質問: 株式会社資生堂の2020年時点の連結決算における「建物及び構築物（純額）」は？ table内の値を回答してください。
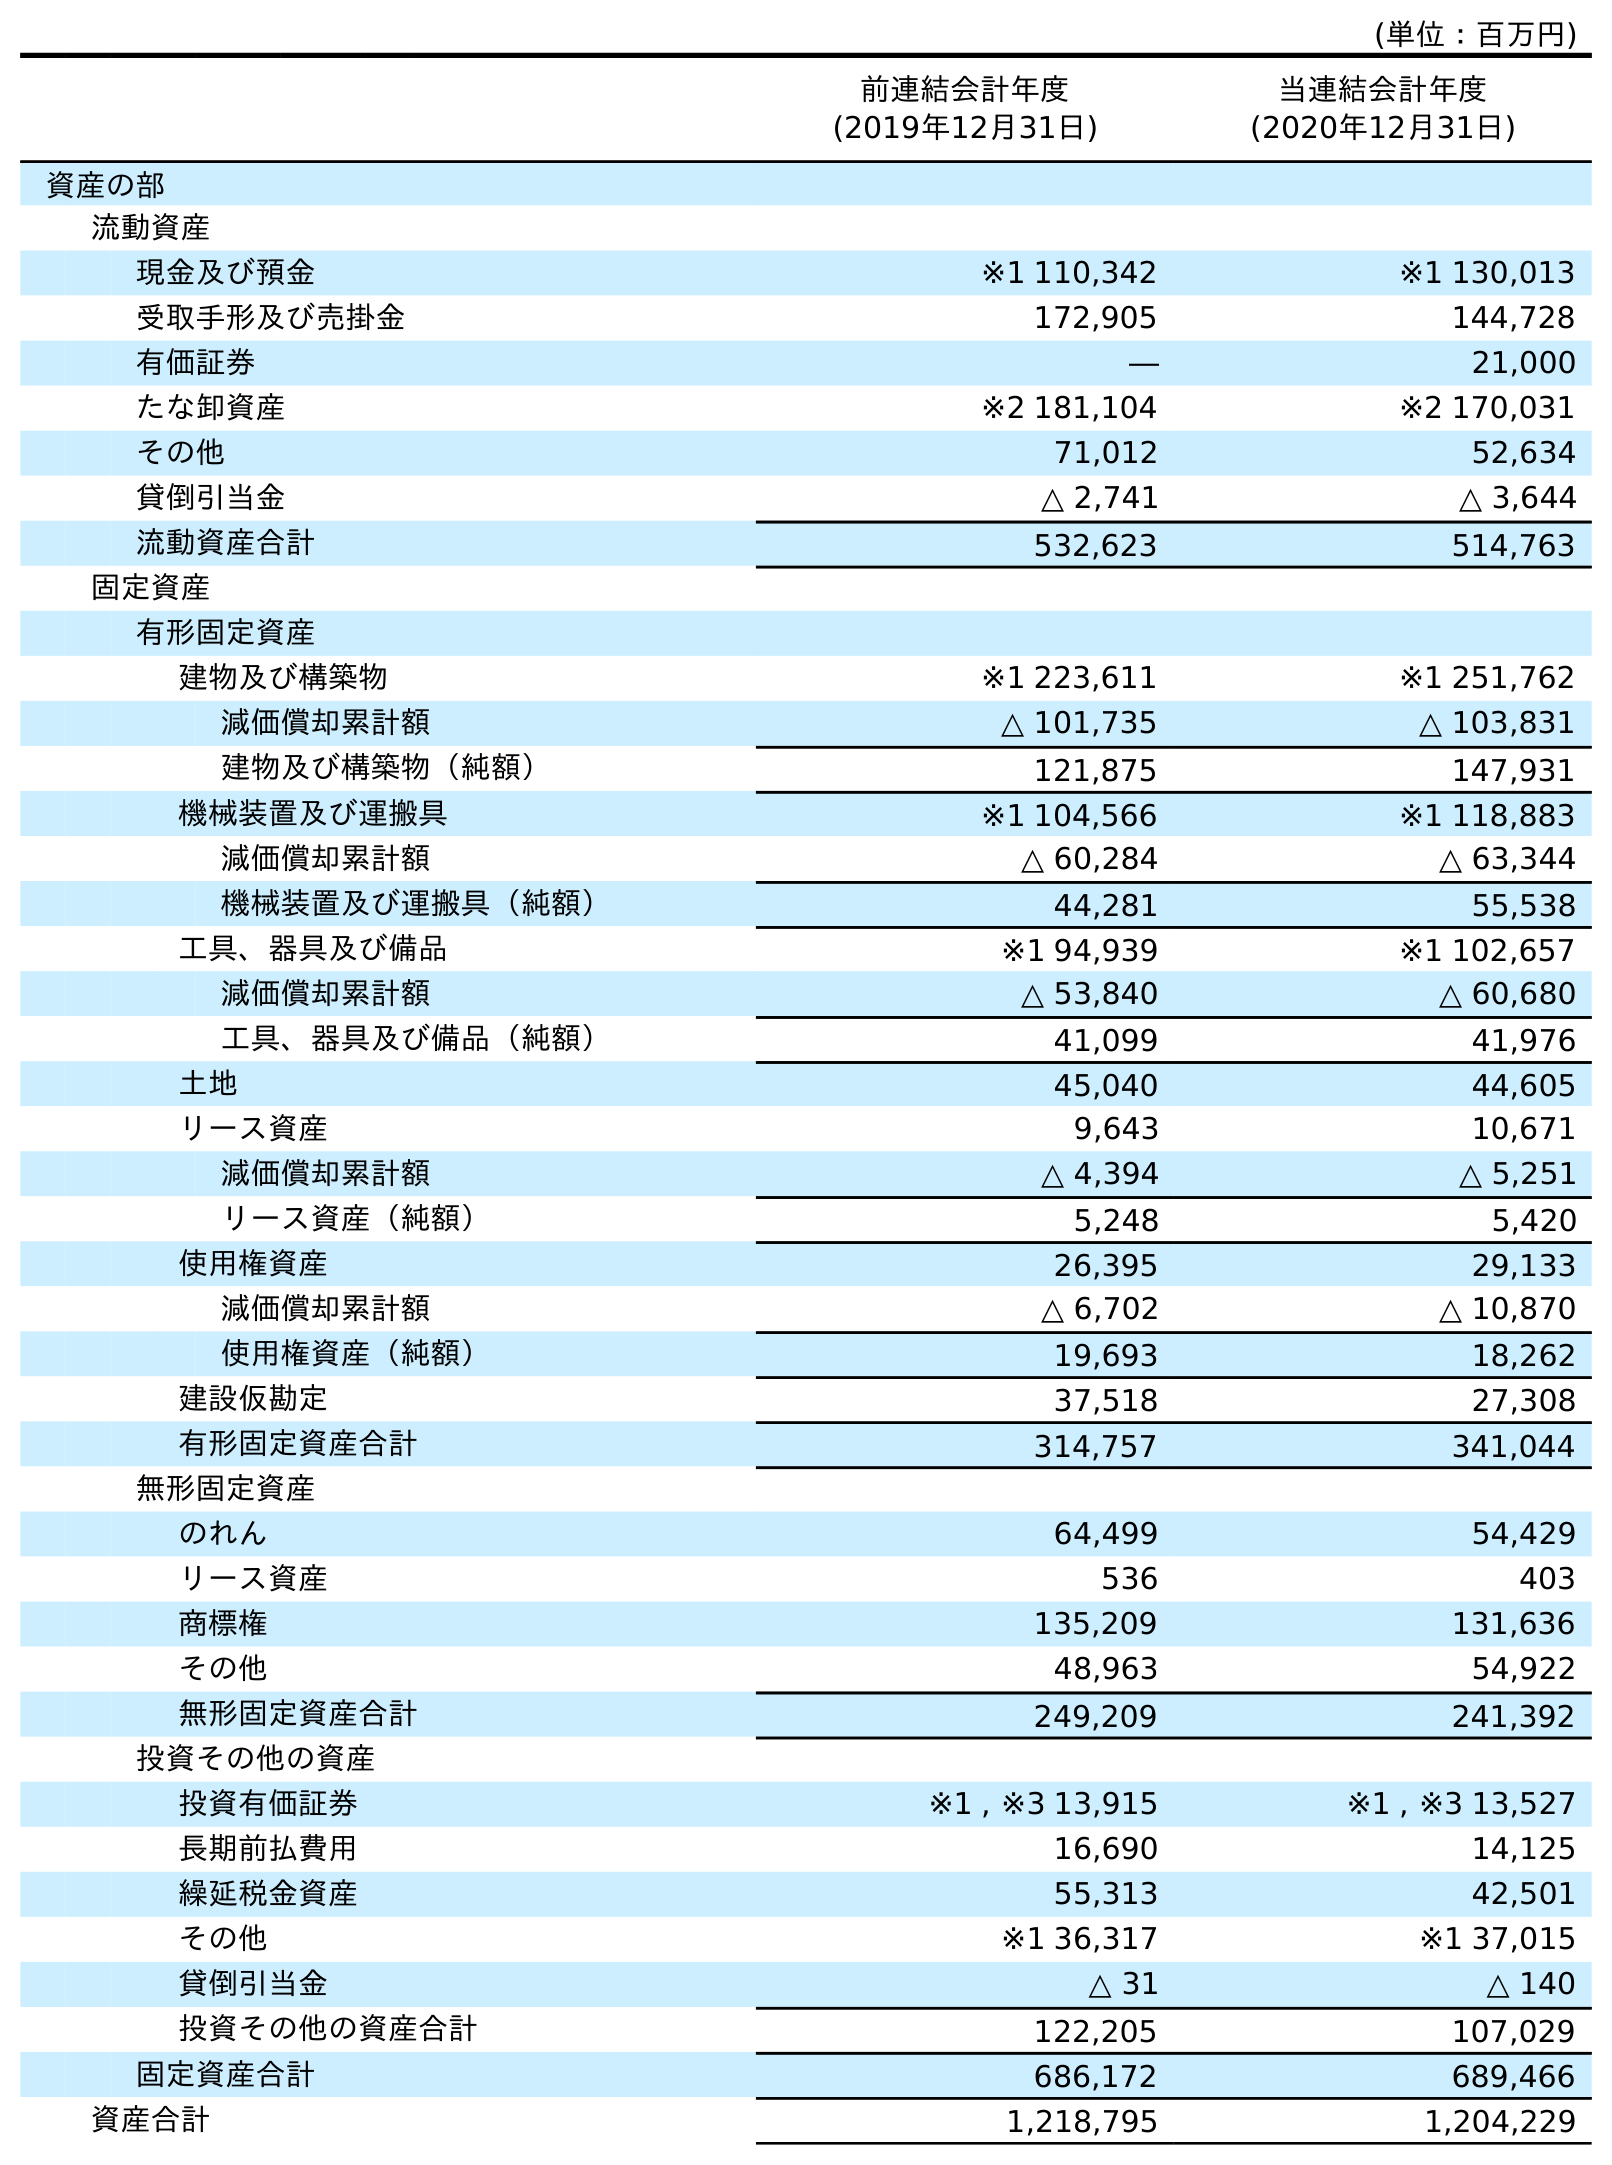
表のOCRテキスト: (単位：百万円) 前連結会計年度 (2019年12月31日) 当連結会計年度 (2020年12月31日) 資産の部 流動資産 現金及び預金 ※1 110,342 ※1 130,013 受取手形及び売掛金 172,905 144,728 有価証券 ― 21,000 たな卸資産 ※2 181,104 ※2 170,031 その他 71,012 52,634 貸倒引当金 △ 2,741 △ 3,644 流動資産合計 532,623 514,763 固定資産 有形固定資産 建物及び構築物 ※1 223,611 ※1 251,762 減価償却累計額 △ 101,735 △ 103,831 建物及び構築物（純額） 121,875 147,931 機械装置及び運搬具 ※1 104,566 ※1 118,883 減価償却累計額 △ 60,284 △ 63,344 機械装置及び運搬具（純額） 44,281 55,538 工具、器具及び備品 ※1 94,939 ※1 102,657 減価償却累計額 △ 53,840 △ 60,680 工具、器具及び備品（純額） 41,099 41,976 土地 45,040 44,605 リース資産 9,643 10,671 減価償却累計額 △ 4,394 △ 5,251 リース資産（純額） 5,248 5,420 使用権資産 26,395 29,133 減価償却累計額 △ 6,702 △ 10,870 使用権資産（純額） 19,693 18,262 建設仮勘定 37,518 27,308 有形固定資産合計 314,757 341,044 無形固定資産 のれん 64,499 54,429 リース資産 536 403 商標権 135,209 131,636 その他 48,963 54,922 無形固定資産合計 249,209 241,392 投資その他の資産 投資有価証券 ※1 , ※3 13,915 ※1 , ※3 13,527 長期前払費用 16,690 14,125 繰延税金資産 55,313 42,501 その他 ※1 36,317 ※1 37,015 貸倒引当金 △ 31 △ 140 投資その他の資産合計 122,205 107,029 固定資産合計 686,172 689,466 資産合計 1,218,795 1,204,229
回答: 147,931